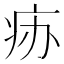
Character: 𰣧